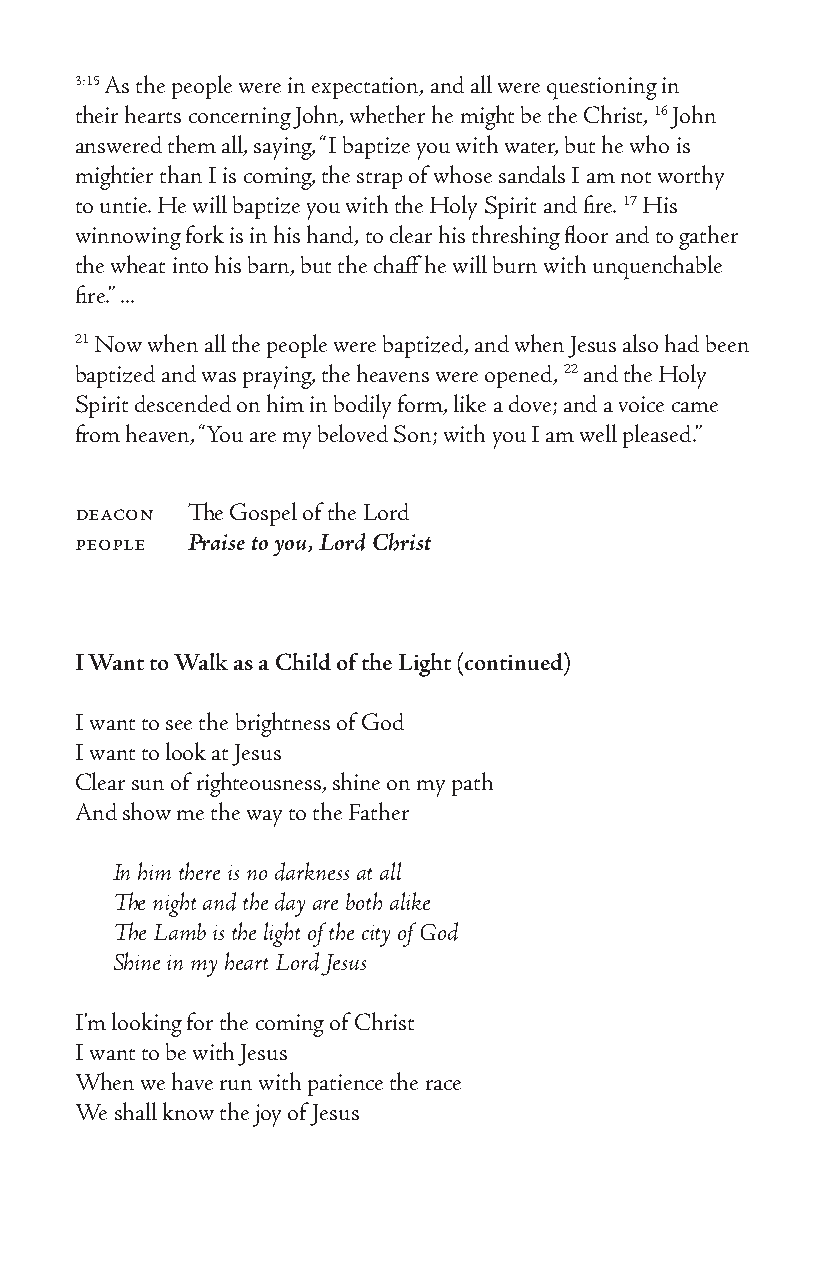
3:15 As the people were in expectation, and all were questioning in
 their hearts concerning John, whether he might be the Christ, 16 John
 answered them all, saying, “I baptize you with water, but he who is
 mightier than I is coming, the strap of whose sandals I am not worthy
 to untie. He will baptize you with the Holy Spirit and fire. 17 His
 winnowing fork is in his hand, to clear his threshing floor and to gather
 the wheat into his barn, but the chaff he will burn with unquenchable
 fire.” ...
 21 Now when all the people were baptized, and when Jesus also had been
 baptized and was praying, the heavens were opened, 22 and the Holy
 Spirit descended on him in bodily form, like a dove; and a voice came
 from heaven, “You are my beloved Son; with you I am well pleased.”
 deacon The Gospel of the Lord
 people Praise to you, Lord Christ
 I Want to Walk as a Child of the Light (continued)
 I want to see the brightness of God
 I want to look at Jesus
 Clear sun of righteousness, shine on my path
 And show me the way to the Father
 In him there is no darkness at all
 The night and the day are both alike
 The Lamb is the light of the city of God
 Shine in my heart Lord Jesus
 I’m looking for the coming of Christ
 I want to be with Jesus
 When we have run with patience the race
 We shall know the joy of Jesus